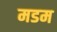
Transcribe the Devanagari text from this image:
मडम